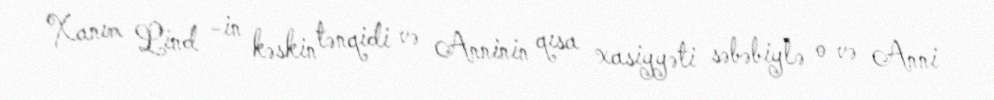
Xanım Lind -in kəskin tənqidi və Anninin qısa xasiyyəti səbəbiylə o və Anni